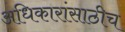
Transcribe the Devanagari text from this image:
अधिकारांसाठीच